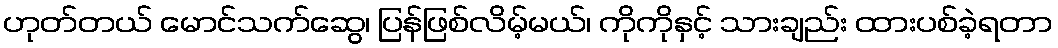
ဟုတ်တယ် မောင်သက်ဆွေ၊ ပြန်ဖြစ်လိမ့်မယ်၊ ကိုကိုနှင့် သားချည်း ထားပစ်ခဲ့ရတာ